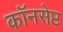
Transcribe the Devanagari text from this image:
कॉनसेप्ट